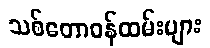
သစ်တောဝန်ထမ်းများ